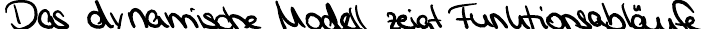
Das dynamische Modell zeigt Funktionsabläufe